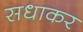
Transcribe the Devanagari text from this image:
सधाकर